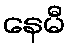
နေမီ